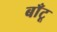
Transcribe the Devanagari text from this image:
बाँटू